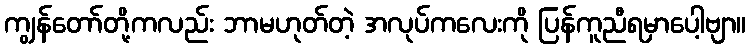
ကျွန်တော်တို့ကလည်း ဘာမဟုတ်တဲ့ အလုပ်ကလေးကို ပြန်ကူညီရမှာပေါ့ဗျာ။